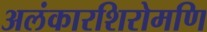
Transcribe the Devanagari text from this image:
अलंकारशिरोमणि